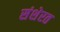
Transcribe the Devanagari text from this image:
संशेरत